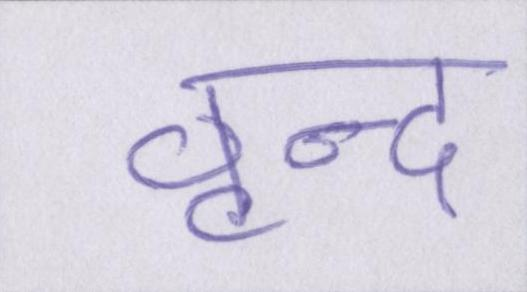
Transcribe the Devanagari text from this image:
वृन्द